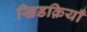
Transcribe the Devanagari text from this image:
खिडक़ियाँ